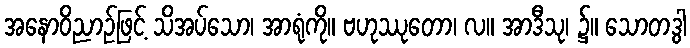
အနောဝိညာဉ်ဖြင့် သိအပ်သော၊ အာရုံကို။ ဗဟုဿုတော၊ လ။ အာဒီသု၊ ၌။ သောတဒွါ